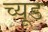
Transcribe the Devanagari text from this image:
च्यूड